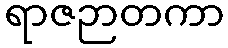
ရာဇဉာတကာ